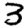
Digit: 3